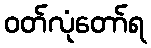
ဝတ်လုံတော်ရ